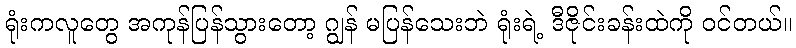
ရုံးကလူတွေ အကုန်ပြန်သွားတော့ ဂျွန် မပြန်သေးဘဲ ရုံးရဲ့ ဒီဇိုင်းခန်းထဲကို ဝင်တယ်။